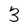
Character: 3